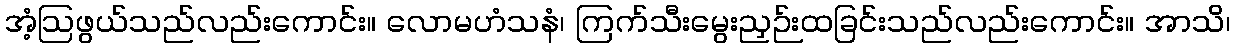
အံ့ဩဖွယ်သည်လည်းကောင်း။ လောမဟံသနံ၊ ကြက်သီးမွေးညှဉ်းထခြင်းသည်လည်းကောင်း။ အာသိ၊